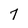
Character: 7